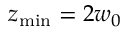
z _ { \mathrm { m i n } } = 2 w _ { 0 }